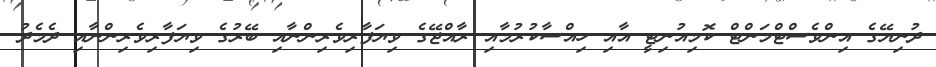
ދުނިޔޭގެ އިންވެސްޓްމަންޓް ކޮމިއުނިޓީ އާއި ހިއްސާކުރުމާއި ރާއްޖޭގެ ވިޔަފާރިވެރިންނާއި ބޭރުގެ ވިޔަފާރިވެރިންނާއި ދެމެދު